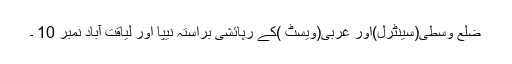
ضلع وسطی(سینٹرل)اور غربی(ویسٹ )کے رہائشی براستہ نیپا اور لیاقت آباد نمبر 10 ۔